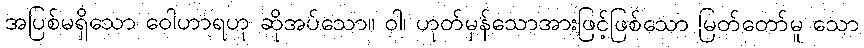
အပြစ်မရှိသော ဝေါဟာရဟု ဆိုအပ်သော။ ဝါ၊ ဟုတ်မှန်သောအားဖြင့်ဖြစ်သော မြတ်တော်မူ သော